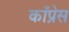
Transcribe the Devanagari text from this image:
काँप्रेस